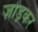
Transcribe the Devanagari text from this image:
ज़ोड़कर